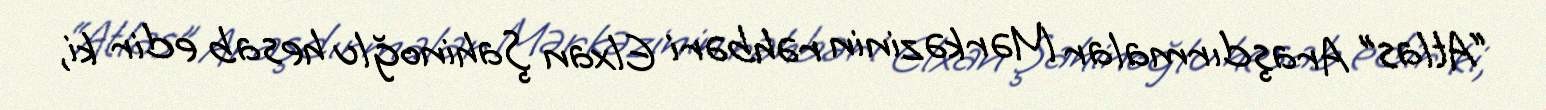
“Atlas” Araşdırmalar Mərkəzinin rəhbəri Elxan Şahinoğlu hesab edir ki,